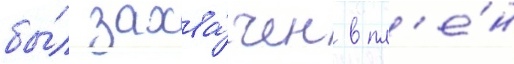
бы́л захва́чен в пл'е́н